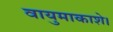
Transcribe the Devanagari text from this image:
वायुमाकाशे।